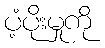
ပံ့ပိုးမှုကို